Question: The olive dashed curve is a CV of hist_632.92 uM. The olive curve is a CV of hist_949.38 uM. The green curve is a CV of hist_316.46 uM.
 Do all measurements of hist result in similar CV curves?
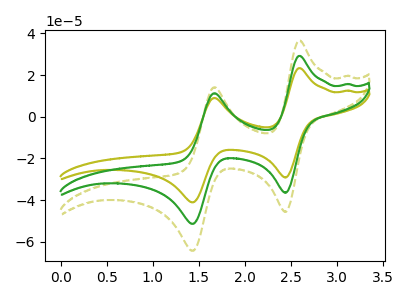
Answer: <think>The olive dashed curve "hist_632.92 uM" has anodic peaks at (2.60V, 36.55uA) (1.65V, 14.15uA) and cathodic peaks at (2.45V, -45.70uA) (1.45V, -64.35uA). The olive curve "hist_949.38 uM" has anodic peaks at (2.60V, 58.40uA) (1.65V, 22.65uA) and cathodic peaks at (2.45V, -73.00uA) (1.45V, -102.85uA). The green curve "hist_316.46 uM" has anodic peaks at (2.60V, 29.20uA) (1.65V, 11.30uA) and cathodic peaks at (2.45V, -36.50uA) (1.45V, -51.45uA).
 All the peaks in "hist_632.92 uM" have a peak in "hist_949.38 uM" at the same potential. Every peak in "hist_632.92 uM" is lower than every peak in "hist_949.38 uM". All the peaks in "hist_632.92 uM" have a peak in "hist_316.46 uM" at the same potential. Every peak in "hist_632.92 uM" is higher than every peak in "hist_316.46 uM". All the peaks in "hist_949.38 uM" have a peak in "hist_316.46 uM" at the same potential. Every peak in "hist_949.38 uM" is higher than every peak in "hist_316.46 uM".</think>
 <answer>All the CV's of "hist" have similar shape.</answer>
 <eval>follow_rule</eval>